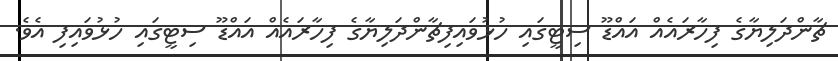
ޗާންދަލިޔާގެ ފިހާރައެއް އައްޑޫ ސިޓީގައި ހުޅުވައިފިޗާންދަލިޔާގެ ފިހާރައެއް އައްޑޫ ސިޓީގައި ހުޅުވައިފި އެވެ.